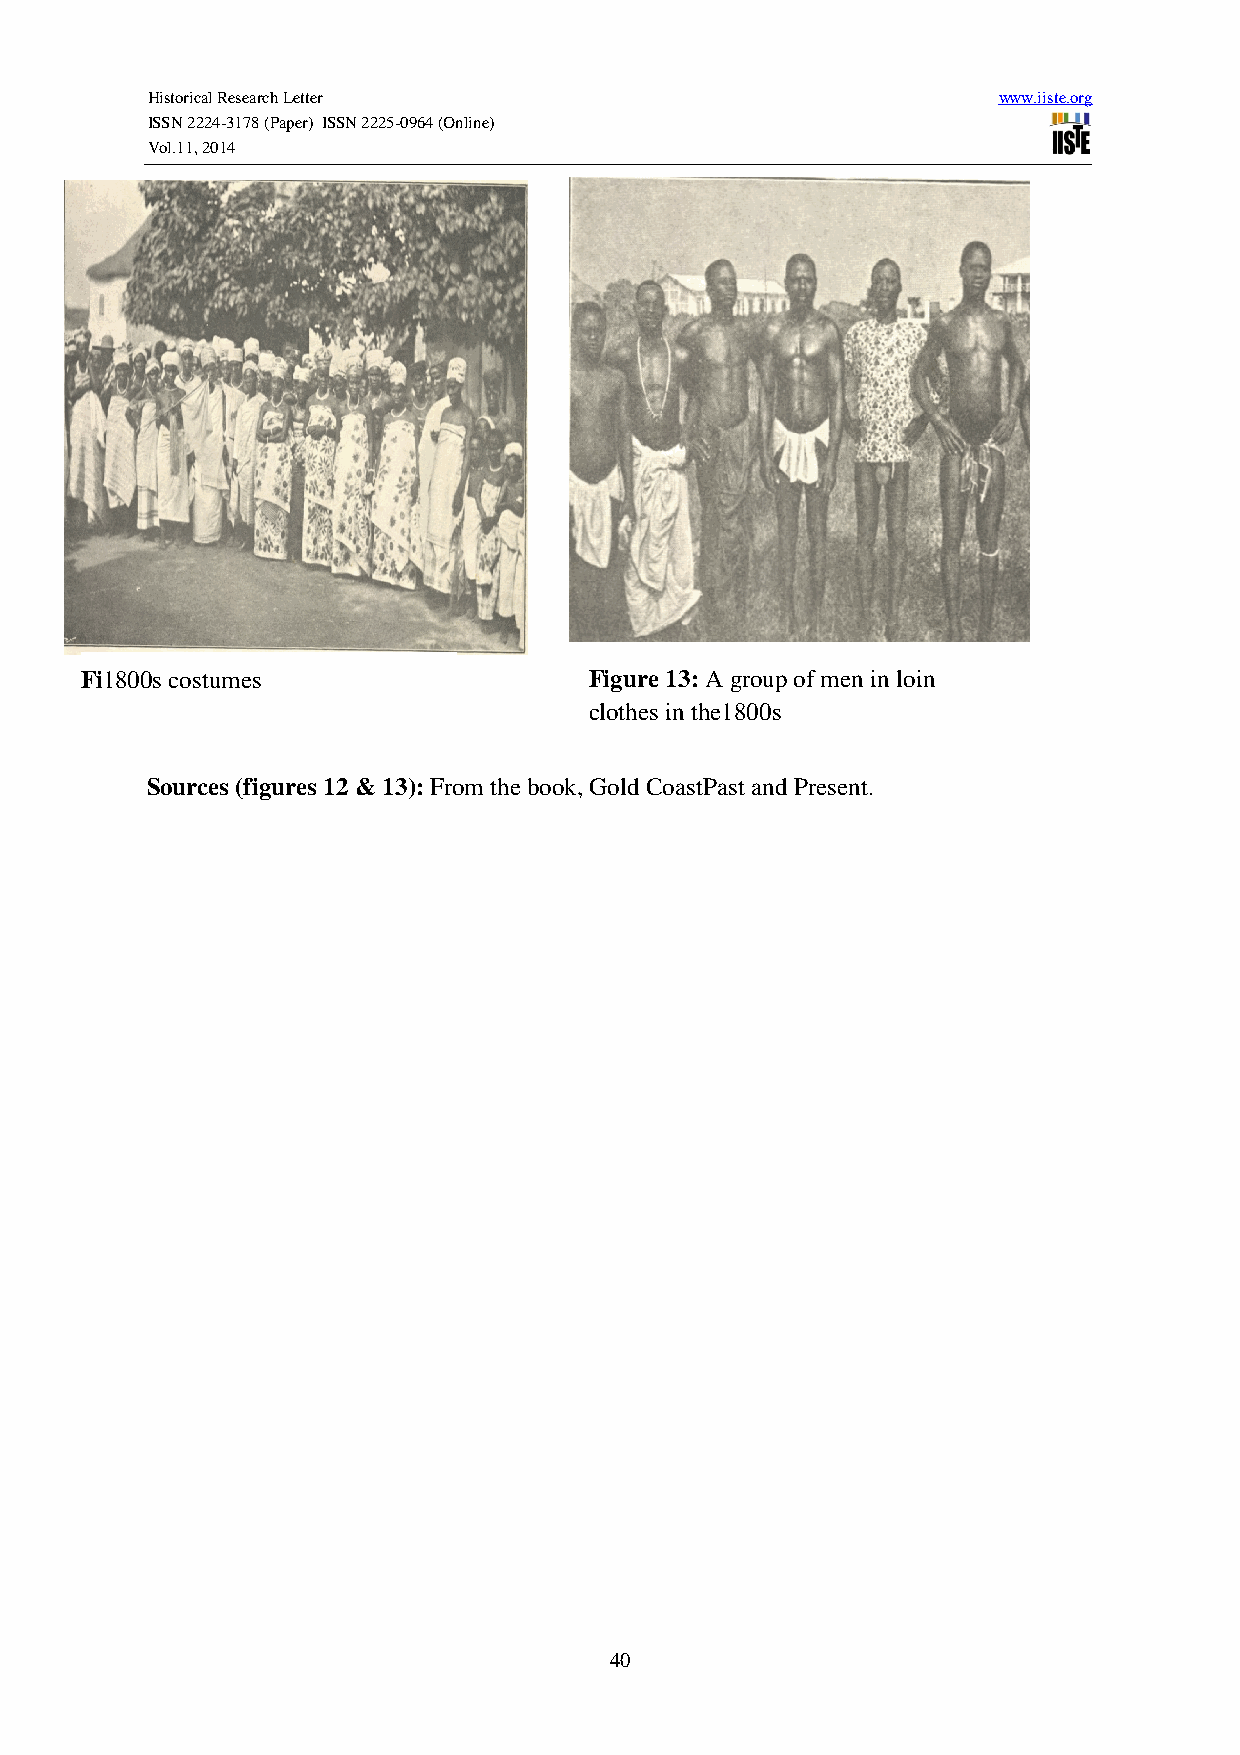
Historical Research Letter                              www.iiste.org
 ISSN 2224-3178 (Paper) ISSN 2225-0964 (Online)
 Vol.11, 2014
 Fi1800s costumes                  Figure 13: A group of men in loin
 clothes in the1800s
 Sources (figures 12 & 13): From the book, Gold CoastPast and Present.
 40